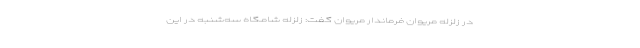
در زلزله مریوان فرماندار مریوان گفت: زلزله شامگاه سه‌شنبه در این